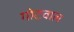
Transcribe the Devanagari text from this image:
गोटवाल